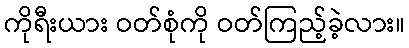
ကိုရီးယား ဝတ်စုံကို ဝတ်ကြည့်ခဲ့လား။